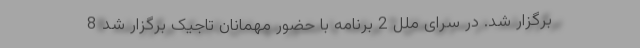
برگزار شد. در سرای ملل 2 برنامه با حضور مهمانان تاجیک برگزار شد‌ 8